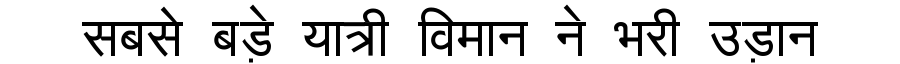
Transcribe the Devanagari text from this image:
सबसे बड़े यात्री विमान ने भरी उड़ान